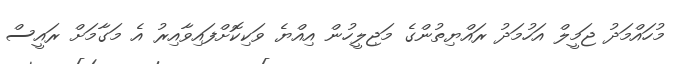
މުހައްމަދު ޖަމީލް އަހުމަދު ރައްޔިތުންގެ މަޖިލީހުން އިއްޔެ ވަކިކޮށްފައިވާއިރު އެ މަގާމަށް ރައީސް